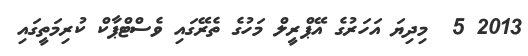
2013 5  މިދިޔަ އަހަރުގެ އޭޕްރީލް މަހުގެ ތެރޭގައި ވެސްޓްޕާކް ކުރިމަތީގައި